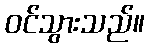
ဝင်သွားသည်။